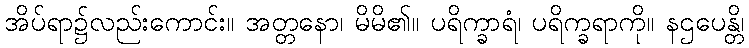
အိပ်ရာ၌လည်းကောင်း။ အတ္တနော၊ မိမိ၏။ ပရိက္ခာရံ၊ ပရိက္ခရာကို။ နဌပေန္တိ၊